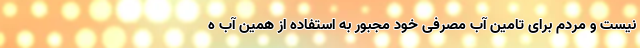
نیست و مردم برای تامین آب مصرفی خود مجبور به استفاده از همین آب ه